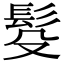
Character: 䯴